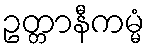
ဥတ္တာနီကမ္မံ